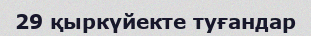
29 қыркүйекте туғандар